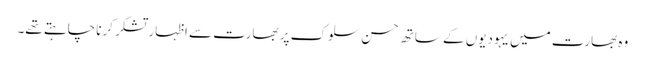
وہ بھارت میں یہودیوں کے ساتھ حسن سلوک پر بھارت سے اظہار تشکر کرنا چاہتے تھے۔